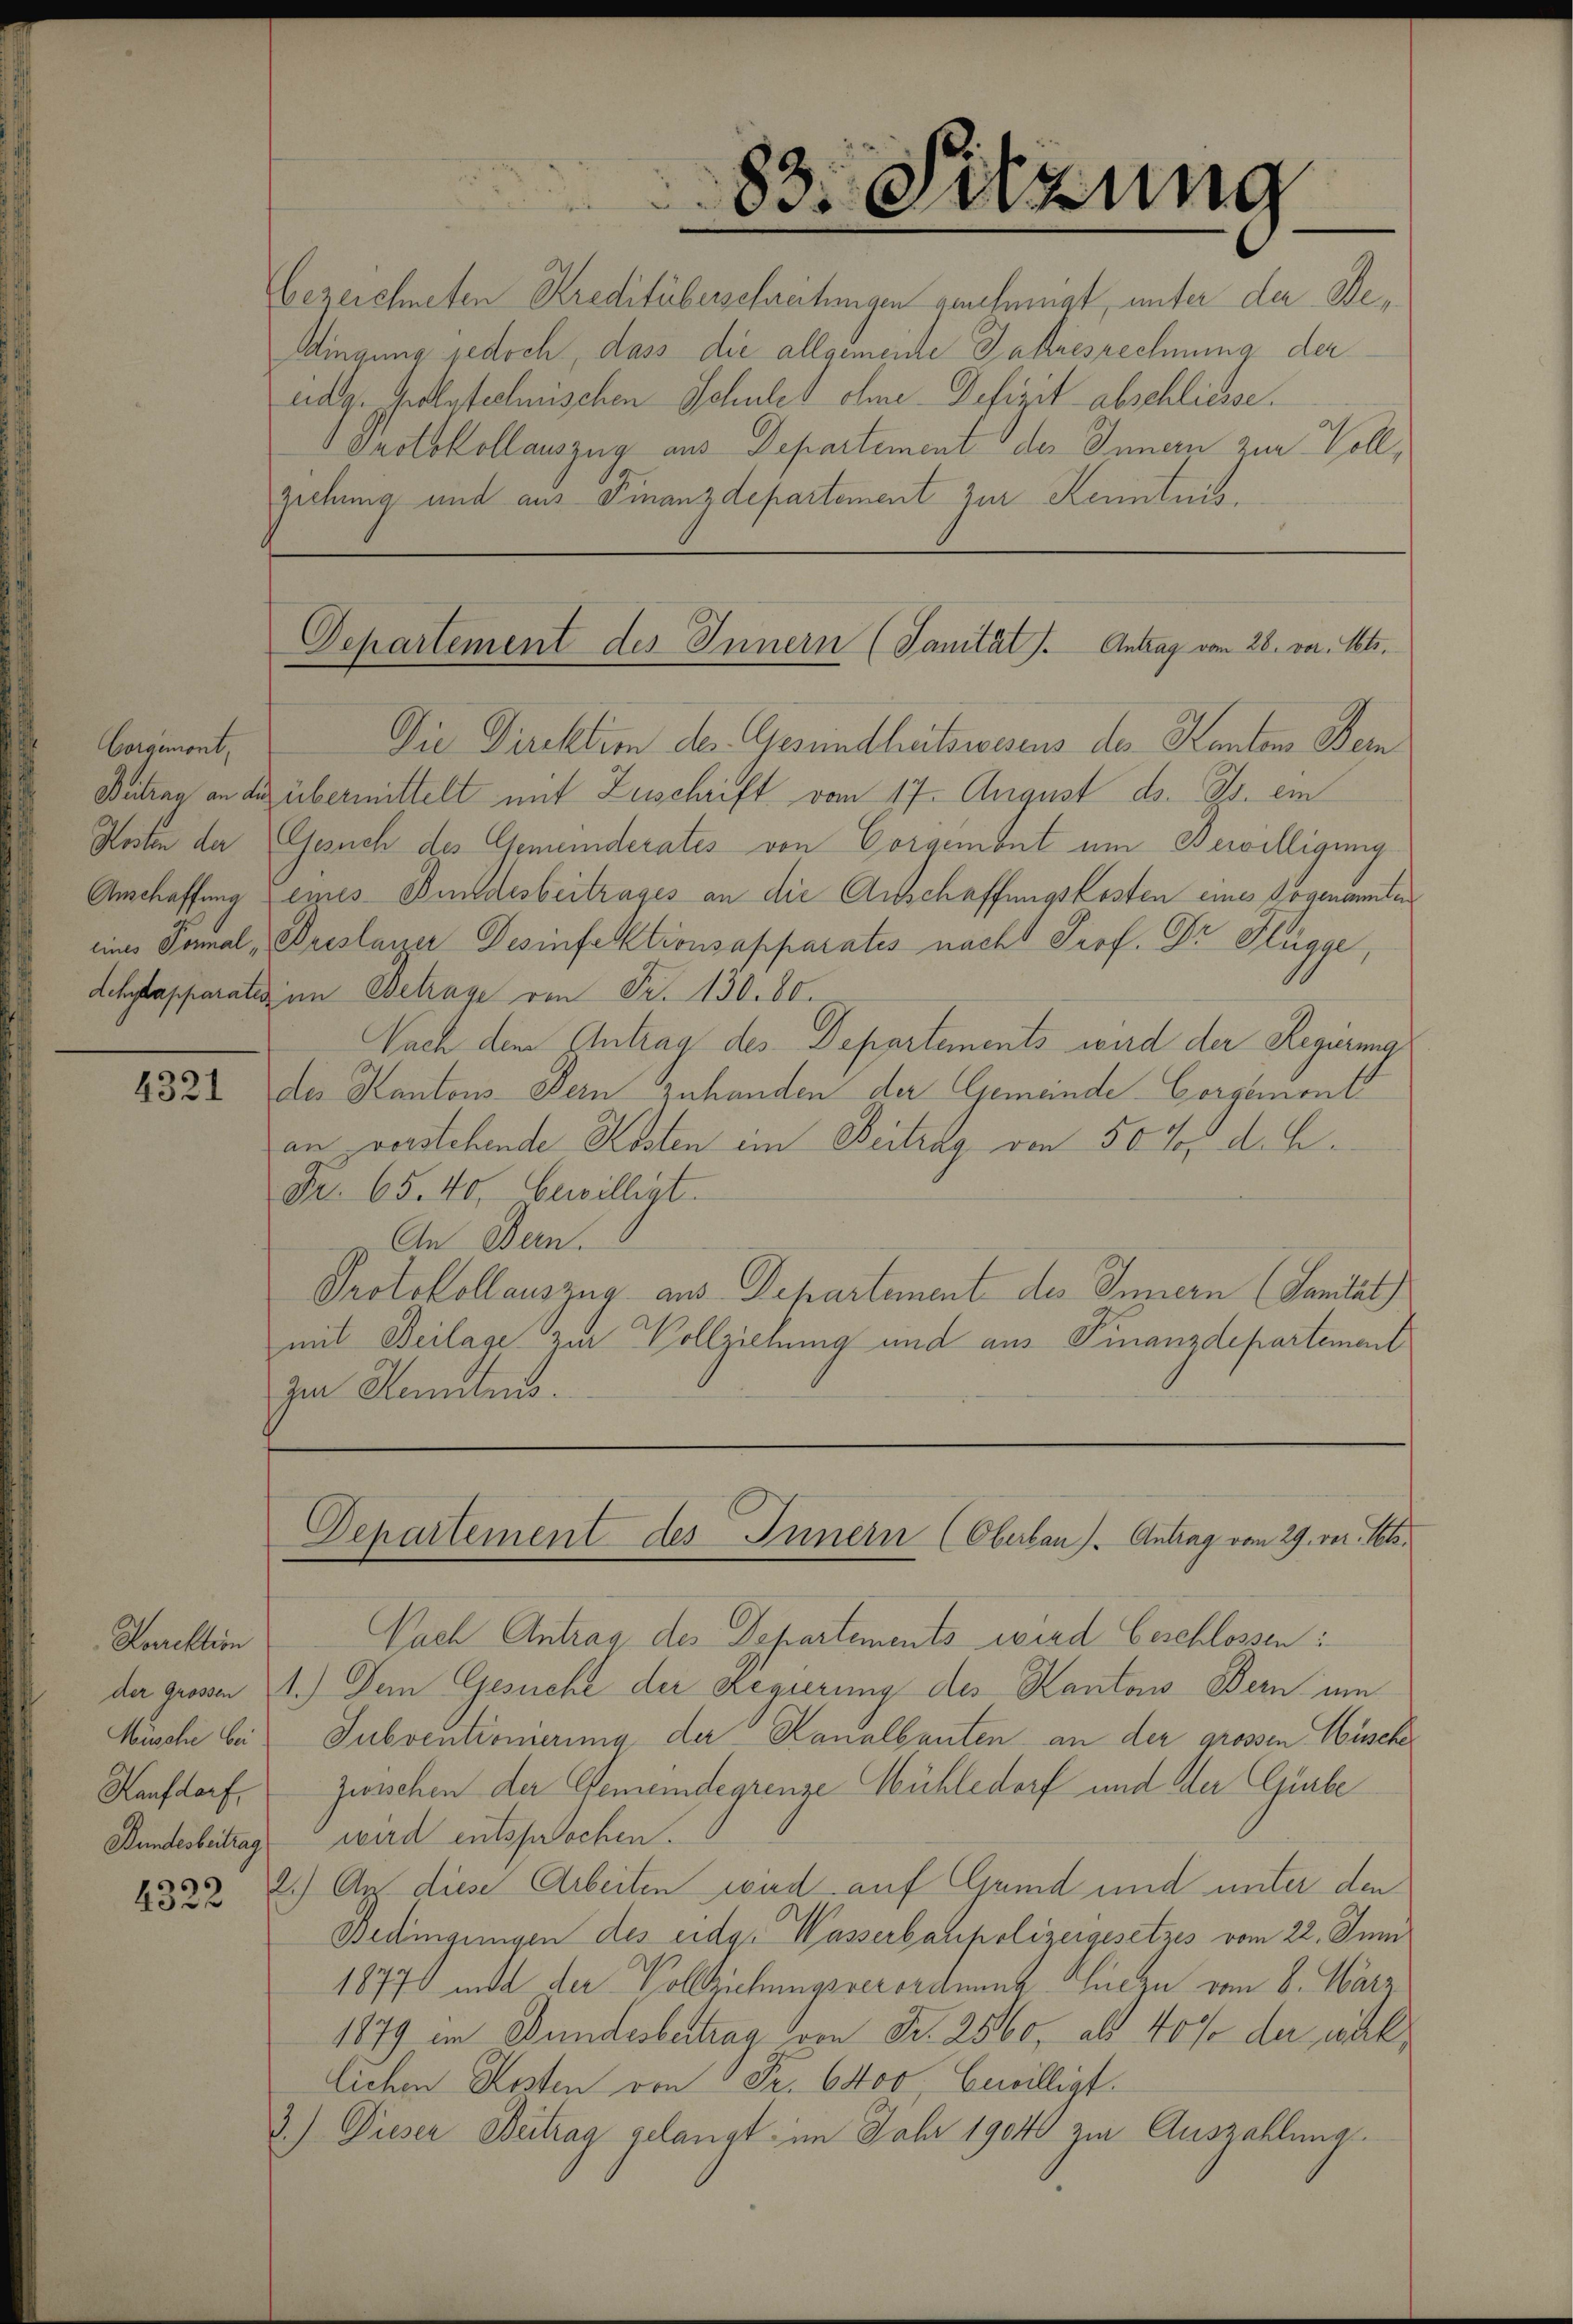
4321

Korrektion
Müsche bei
Haufdorf
Bundesbeitrag

Corgemont,

83. Sitzung
bezeichneten Kreditüberschreitungen genehmigt, unter der De¬
Singung jedoch, dass die allgemeine Jahresrechnung der
adg. Gulaschnischen Schules ohne Defizit abschliesse.
Grotokollauszug aus Departement des Innern zur Vollziehung und aus Finanzdepartement zur Kenntnis.

Departement des Innern (Janität). Antrag vom 28. vor. Mts.

Departement des Innern (Oberlan). Antrag vom 29. vor. Mts.

Die Direktim des Gesundhätswesens des Kantons Bern
Butrag an des übermittelt mit Zuschrift vom 17. August d. Js. ein
Kosten der Gesuch des Gemeinderates von Corgemont um Bewilligung
Anschaffung eines Bundesbeitrages an die Anschaffungskosten eines sogenannten
eines Formal, Breslanzer Desinfektionsapparates nacht Prof. Dr Hügge,
dchytapparativ im Betrage von Fr. 130. 80.
Nach dem Eintrag des Departements wird der Regierung
des Kantons Bern Zuhanden der Gemeinde- Corgemonts
an vorstehende Kosten im Beitrag von 50 % d. h.
Fr. 65. 40, bewilligt.
An Bern.
Protokollauszug aus Departement des Innern (Sanität)
mit Beilage zur Vollziehung und aus Finanzdepartement
zu Kemnis.

Nach Antrag des Departements wird beschlossen:
de großen 1.) Dem Gesuche der Regierung des Kantons Bern um
Subventionierung der Kanalbauten an der grossen Nüsche
Zwischen der Gemeindegrenze Mühledorf und der Gürbe
wird entsprochen.
1822 2.) Auf diese Arbeiten ward auf Grund und unter den
Bedingungen des eidg. Wasserbaupolizeigesetzes vom 22. Juni
18770 und der Vollziehungsverordnung Sucze vom 8. März
1879 im Bundesbertrag von Fr. 2560, als 40% der wirklichen Kosten von 5 Fr. 6400, bewilligt.
3.) Dieser Beitrag gelangt im Jahr 19040 zur Auszahlung